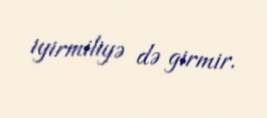
iyirmiliyə də girmir.